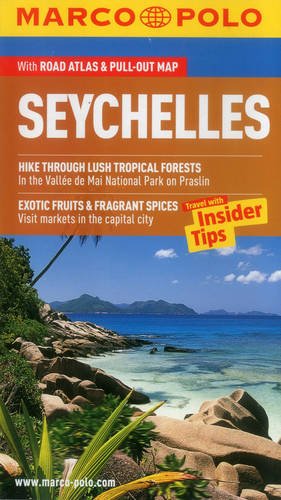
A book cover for Seychelles Marco Polo Guide (Marco Polo Guides); Marco Polo Travel; Travel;